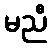
မညီ